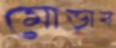
মোড়াব